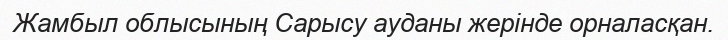
Жамбыл облысының Сарысу ауданы жерінде орналасқан.